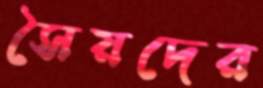
সৈয়দের